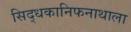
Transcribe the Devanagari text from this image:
सिद्धकानिफनाथाला